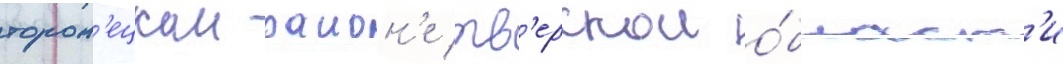
тороп'ецком раион'е тв'ерскои о́бласт'и